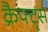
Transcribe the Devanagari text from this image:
क्रैफ्ट्स